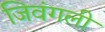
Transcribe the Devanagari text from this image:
जिवंगली